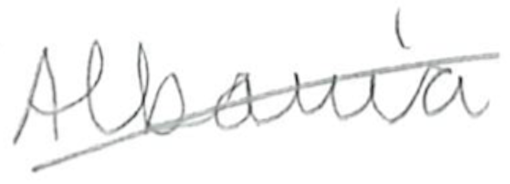
Text: Albania
Cross-out: diagonal
Writing tool: pencil